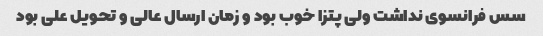
سس فرانسوی نداشت ولی پتزا خوب بود و زمان ارسال عالی و تحویل علی بود